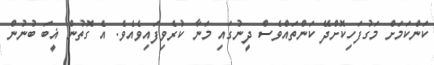
ކަންކަމަށް މަގުފަހިކޮށްދޭ ކަންތައްވެސް ދީނުގައި މަނާ ކުރެވިފައިވެއެވެ. އެ ގޮތުން ޣީބަ ބުނުން